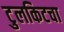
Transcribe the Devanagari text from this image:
टुलकिटचा